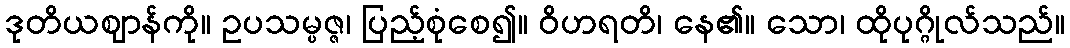
ဒုတိယဈာန်ကို။ ဥပသမ္ပဇ္ဇ၊ ပြည့်စုံစေ၍။ ဝိဟရတိ၊ နေ၏။ သော၊ ထိုပုဂ္ဂိုလ်သည်။